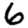
Digit: 6